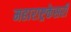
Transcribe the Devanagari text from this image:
महाराष्ट्रकेसरी